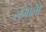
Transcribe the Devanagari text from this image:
संजोली